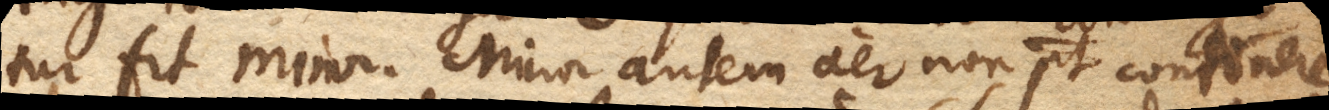
tur fit minor. Minor autem aer non potest continere